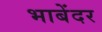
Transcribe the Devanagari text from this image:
भाबेंदर